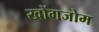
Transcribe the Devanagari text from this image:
खोंगजोम